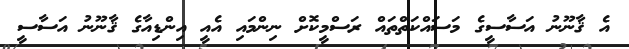
އެ ޤާނޫނު އަސާސީގެ މަސައްކަތްތައް ރަސްމީކޮށް ނިންމައި އެއީ އިންޑިއާގެ ޤާނޫނު އަސާސީ